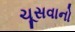
ચૂસવાનો